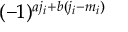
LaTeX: ( - 1 ) ^ { a j _ { i } + b ( j _ { i } - m _ { i } ) }